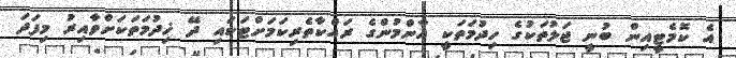
އެ ކޮމެޓީއިން ބުނީ ޖަލުތަކުގެ ހިދުމަތަކީ އާންމުންގެ ރައްކާތެރިކަމަށްޓަކައި ދޭ ޚިދުމަތަކަށްވާއިރު މިފަދަ